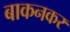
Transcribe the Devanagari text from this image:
बाकनकर